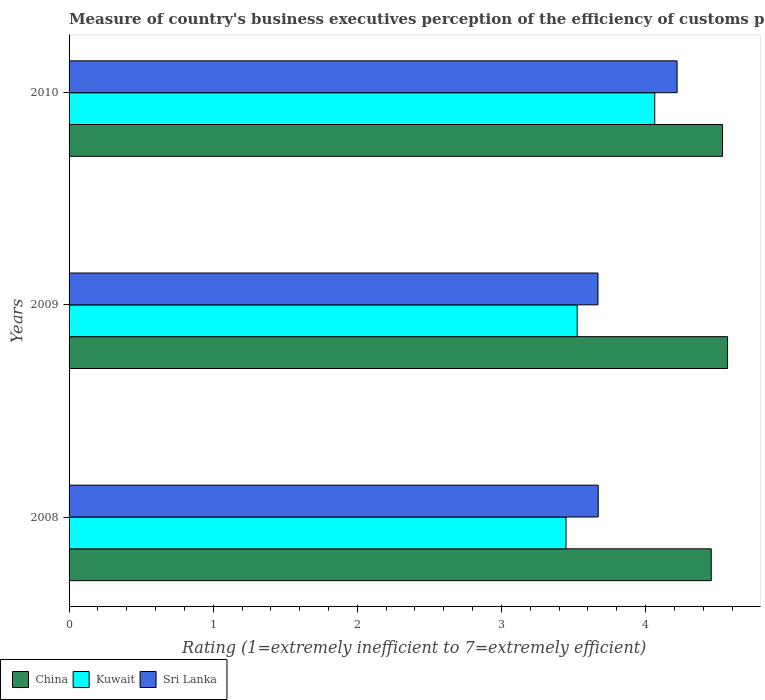
| Years | China | Kuwait | Sri Lanka |
 | --- | --- | --- | --- |
 | 2008 | 4.46 | 3.45 | 3.67 |
 | 2009 | 4.57 | 3.53 | 3.67 |
 | 2010 | 4.53 | 4.06 | 4.22 |